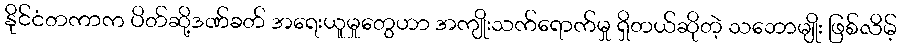
နိုင်ငံတကာက ပိတ်ဆို့ဒဏ်ခတ် အရေးယူမှုတွေဟာ အကျိုးသက်ရောက်မှု ရှိတယ်ဆိုတဲ့ သဘောမျိုး ဖြစ်လိမ့်